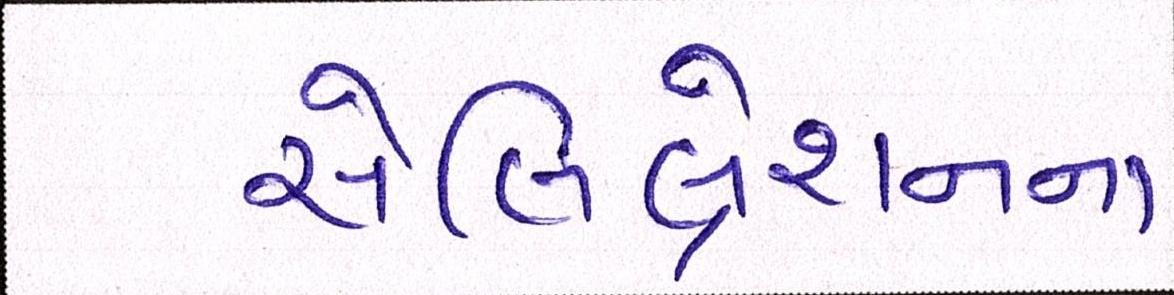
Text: સેલિબ્રેશનના